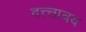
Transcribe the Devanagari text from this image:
दत्त्त्तात्रय